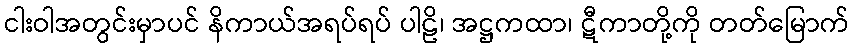
ငါးဝါအတွင်းမှာပင် နိကာယ်အရပ်ရပ် ပါဠိ၊ အဋ္ဌကထာ၊ ဋီကာတို့ကို တတ်မြောက်